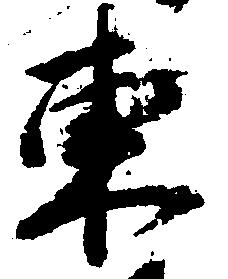
東